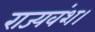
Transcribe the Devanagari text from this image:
राज्यवंश।